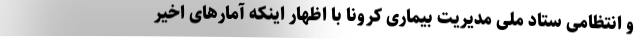
و انتظامی ستاد ملی مدیریت بیماری کرونا با اظهار اینکه آمارهای اخیر